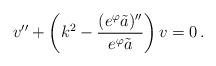
LaTeX: \begin{align*}v'' + \left( k^2 - {(e^\varphi\tilde{a})''\over e^\varphi\tilde{a}} \right) v = 0 \, .\end{align*}